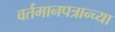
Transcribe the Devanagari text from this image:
वर्तमानपत्रान्च्या